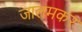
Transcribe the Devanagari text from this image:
जालमकर